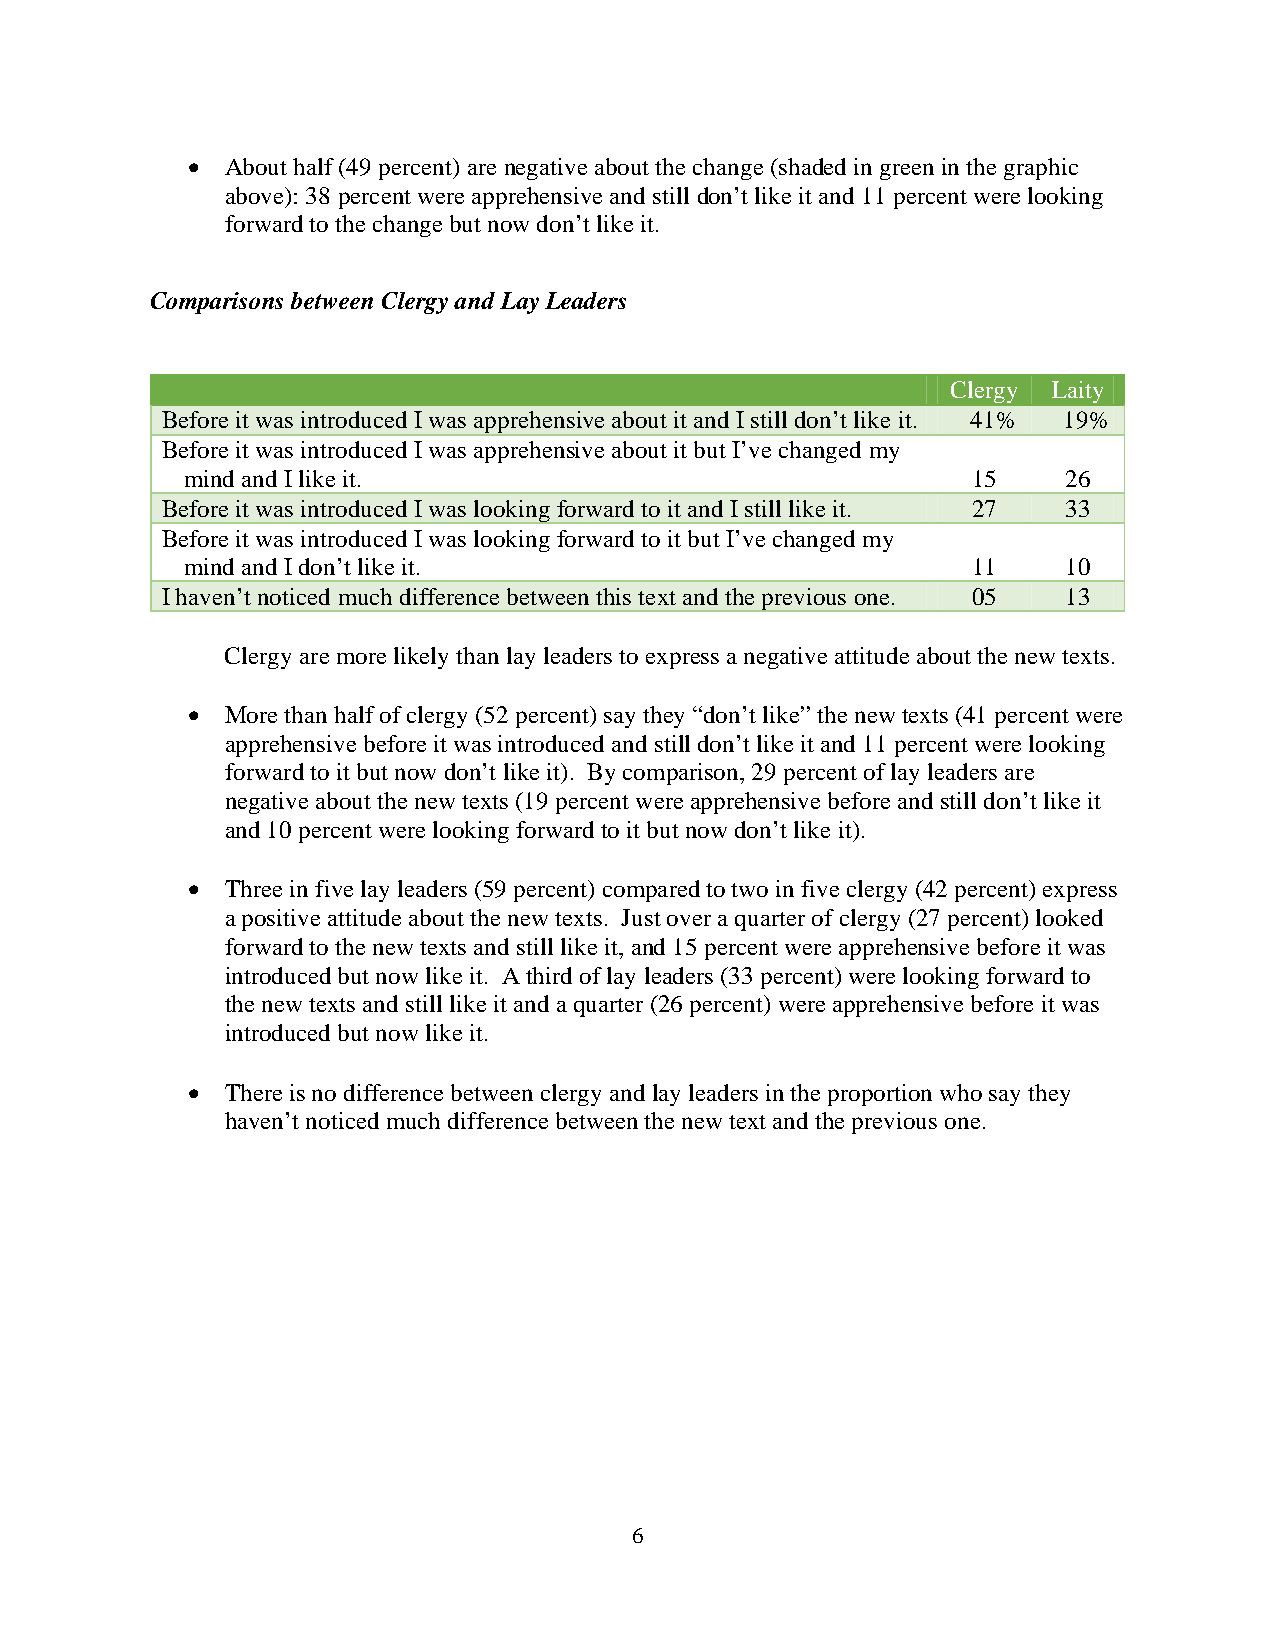
  About half (49 percent) are negative about the change (shaded in green in the graphic
 above): 38 percent were apprehensive and still don’t like it and 11 percent were looking
 forward to the change but now don’t like it.
 Comparisons between Clergy and Lay Leaders
 Clergy Laity
 Before it was introduced I was apprehensive about it and I still don’t like it. 41% 19%
 Before it was introduced I was apprehensive about it but I’ve changed my
 mind and I like it.                                 15     26
 Before it was introduced I was looking forward to it and I still like it. 27 33
 Before it was introduced I was looking forward to it but I’ve changed my
 mind and I don’t like it.                           11     10
 I haven’t noticed much difference between this text and the previous one. 05 13
 Clergy are more likely than lay leaders to express a negative attitude about the new texts.
   More than half of clergy (52 percent) say they “don’t like” the new texts (41 percent were
 apprehensive before it was introduced and still don’t like it and 11 percent were looking
 forward to it but now don’t like it). By comparison, 29 percent of lay leaders are
 negative about the new texts (19 percent were apprehensive before and still don’t like it
 and 10 percent were looking forward to it but now don’t like it).
   Three in five lay leaders (59 percent) compared to two in five clergy (42 percent) express
 a positive attitude about the new texts. Just over a quarter of clergy (27 percent) looked
 forward to the new texts and still like it, and 15 percent were apprehensive before it was
 introduced but now like it. A third of lay leaders (33 percent) were looking forward to
 the new texts and still like it and a quarter (26 percent) were apprehensive before it was
 introduced but now like it.
   There is no difference between clergy and lay leaders in the proportion who say they
 haven’t noticed much difference between the new text and the previous one.
 6